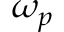
\omega _ { p }